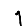
Digit: 1